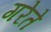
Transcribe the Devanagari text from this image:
गरेते